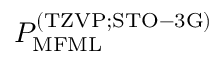
P _ { \mathrm { M F M L } } ^ { \mathrm { ( T Z V P ; S T O - 3 G ) } }